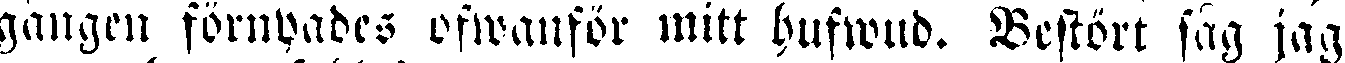
gängen förnyades ofwanför mitt hufwud. Bestört säg jag